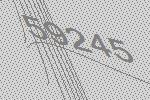
59245